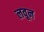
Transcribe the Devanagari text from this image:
लवून